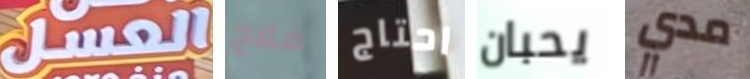
العسل فلاح احتاج يحبان مدي